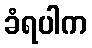
ခံရပါက